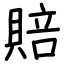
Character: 賠